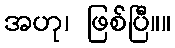
အဟု၊ ဖြစ်ပြီ။။